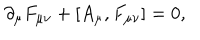
LaTeX: \partial _ { \mu } F _ { \mu \nu } + [ A _ { \mu } , F _ { \mu \nu } ] = 0 ,